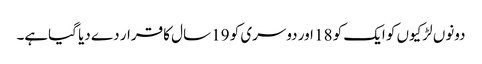
دونوں لڑکیوں کو ایک کو 18 اور دوسری کو 19 سال کا قرار دے دیا گیاہے۔